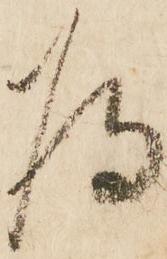
為